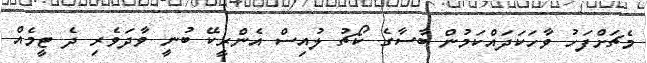
މެޗަށްފަހު ވާހަކަދައްކަމުން ބާސާގެ ކޯޗު ލުއިސް އެންރީކޭ ބުނީ ވާދަވެރި ދެ ޓީމެއް